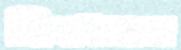
বিশ্বধারণা